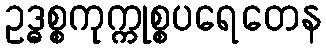
ဥဒ္ဓစ္စကုက္ကုစ္စပရေတေန